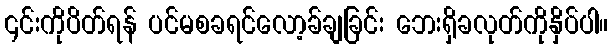
၎င်းကိုပိတ်ရန် ပင်မစခရင်လော့ခ်ချခြင်း ဘေးရှိခလုတ်ကိုနှိပ်ပါ။